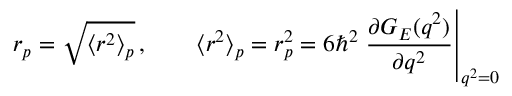
r _ { p } = \sqrt { \langle r ^ { 2 } \rangle _ { p } } \, , \qquad \langle r ^ { 2 } \rangle _ { p } = r _ { p } ^ { 2 } = 6 \hbar ^ { 2 } \left. \frac { \partial G _ { E } ( q ^ { 2 } ) } { \partial q ^ { 2 } } \right| _ { q ^ { 2 } = 0 }